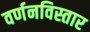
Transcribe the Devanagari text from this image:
वर्णनविस्तार